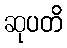
ဆုပတိ